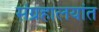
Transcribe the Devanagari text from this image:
संग्रहालयांत